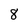
Character: 8